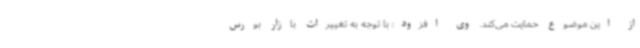
از این موضوع حمایت می‌کند. وی افزود: با توجه به تغییرات بازار بورس